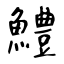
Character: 鱧